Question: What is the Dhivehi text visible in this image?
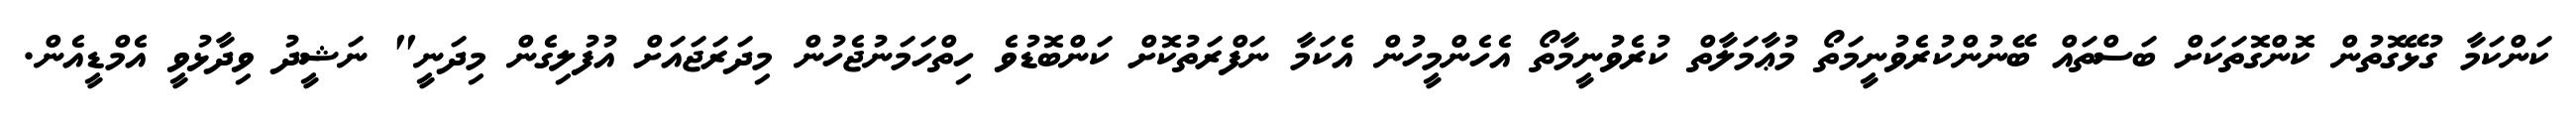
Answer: ކަންކަމާ ގުޅޭގޮތުން ކޮންގޮތަކަށް ބަސްތައް ބޭނުންކުރެވުނީމަތޯ މުޢާމަލާތް ކުރެވުނީމާތޯ އެހެންމީހުން އެކަމާ ނަފްރަތުކޮށް ކަންބޮޑުވެ ހިތްހަމަނުޖެހުން މިދަރަޖައަށް އުފުލިގެން މިދަނީ" ނަޝީދު ވިދާޅުވީ އެމްޑީއެން.